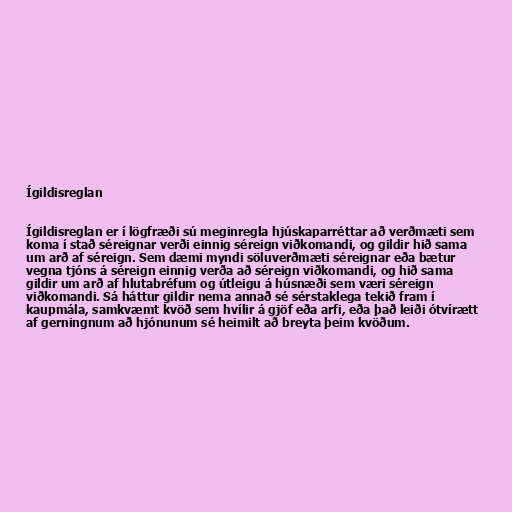
Ígildisreglan

Ígildisreglan er í lögfræði sú meginregla hjúskaparréttar að verðmæti sem
koma í stað séreignar verði einnig séreign viðkomandi, og gildir hið sama
um arð af séreign. Sem dæmi myndi söluverðmæti séreignar eða bætur
vegna tjóns á séreign einnig verða að séreign viðkomandi, og hið sama
gildir um arð af hlutabréfum og útleigu á húsnæði sem væri séreign
viðkomandi. Sá háttur gildir nema annað sé sérstaklega tekið fram í
kaupmála, samkvæmt kvöð sem hvílir á gjöf eða arfi, eða það leiði ótvírætt
af gerningnum að hjónunum sé heimilt að breyta þeim kvöðum.